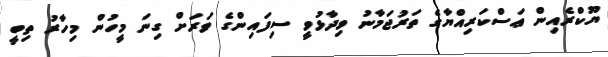
ޔޫކްރެއިން ޢަސްކަރިއްޔާގެ ތަރުޖަމާނު ވިދާޅުވީ ސިފައިންގެ ވަރަށް ގިނަ މީހުން މިހާރު ތިބީ